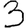
Digit: 3